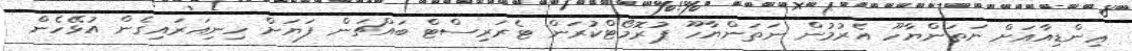
ޢިންޑިއާއަށް ނަތަންޔާހޫ އެރުމުން ނަތަންޔާހޫ ޕުރޮމޯޓްކުރަން ޓެރަރިސްޓް ބައްޗަން ފަޔަށް ހިނިއަރައިގެން އުޅޭހެން